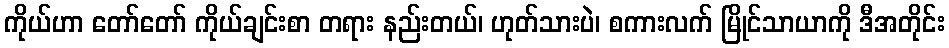
ကိုယ်ဟာ တော်တော် ကိုယ်ချင်းစာ တရား နည်းတယ်၊ ဟုတ်သားပဲ၊ စကားလက် မြိုင်သာယာကို ဒီအတိုင်း